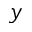
y